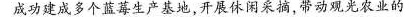
成功建成多个蓝莓生产基地，开展休闲采摘，带动观光农业的